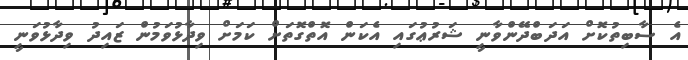
އެ ސާބިތުކޮށް އަދަބްދޭންވާނީ ޝަރުޢުގައި އެކަން އޮތްގޮތަށް ކަމަށް ވިދާޅުވަމުން ޒައިދު ވިދާޅުވަނީ